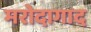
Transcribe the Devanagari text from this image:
मरोदागाद